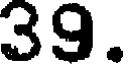
39.